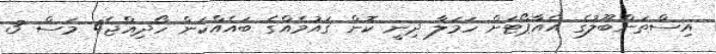
އިސްތަންބޫލުގެ އެއާޕޯޓަށް ހަމަލާ ދިނީ ކޮން ޤައުމެއްގެ ބައެއްކަން ހޯދިއްޖެ4 މަސް 3